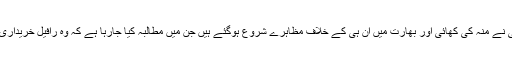
شومیٴ قسمت، کہ یہاں بھی مودی جی نے منہ کی کھائی اور بھارت میں ان ہی کے خلاف مظاہرے شروع ہوگئے ہیں جن میں مطالبہ کیا جارہا ہے کہ وہ رافیل خریداری معاہدے کی تفصیلات سامنے لائیں۔